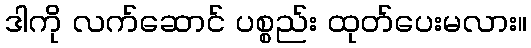
ဒါကို လက်ဆောင် ပစ္စည်း ထုတ်ပေးမလား။